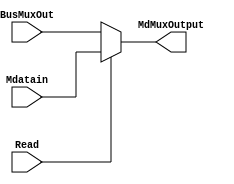
module MdMultiplexer (input [31:0] BusMuxOut, Mdatain, input Read, output reg [31:0] MdMuxOutput);

	always@(BusMuxOut or Mdatain or Read)
		begin
			if (Read == 1)
				MdMuxOutput = Mdatain;
			else
				MdMuxOutput = BusMuxOut; 
		end
endmodule